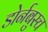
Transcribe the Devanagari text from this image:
डोर्नबुस्च